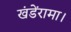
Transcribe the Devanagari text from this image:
खंडेंरामा।